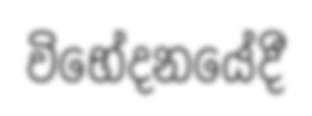
විභේදනයේදී